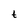
Character: t